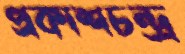
প্রকাশচন্দ্র